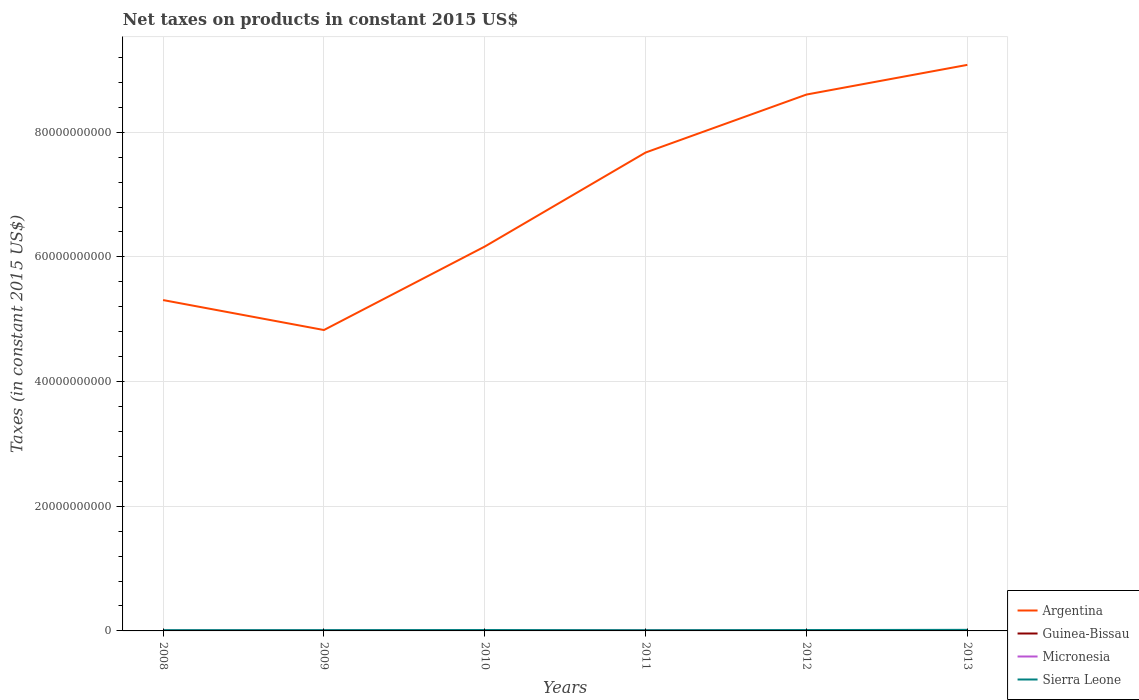
| Years | Argentina | Guinea-Bissau | Micronesia | Sierra Leone |
 | --- | --- | --- | --- | --- |
 | 2008 | 5.31e+10 | 2.15e+07 | 1.88e+07 | 1.2e+08 |
 | 2009 | 4.83e+10 | 2.91e+07 | 2.2e+07 | 1.24e+08 |
 | 2010 | 6.17e+10 | 3.48e+07 | 2.54e+07 | 1.42e+08 |
 | 2011 | 7.67e+10 | 4.56e+07 | 2.6e+07 | 1.1e+08 |
 | 2012 | 8.6e+10 | 3.63e+07 | 2.63e+07 | 1.4e+08 |
 | 2013 | 9.08e+10 | 5.57e+07 | 2.59e+07 | 1.72e+08 |